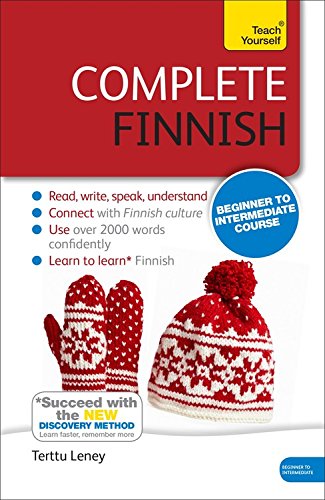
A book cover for Complete Finnish Beginner to Intermediate Course: Learn to read, write, speak and understand a new language (Teach Yourself); Terttu Leney; Travel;